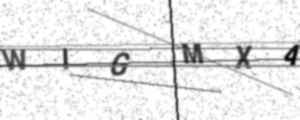
Text: WIGMXA